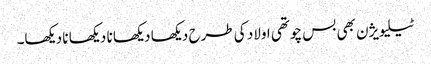
ٹیلیویژن بھی بس چوتھی اولاد کی طرح دیکھا دیکھا نا دیکھا نا دیکھا۔